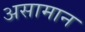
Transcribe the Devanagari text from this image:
असामान